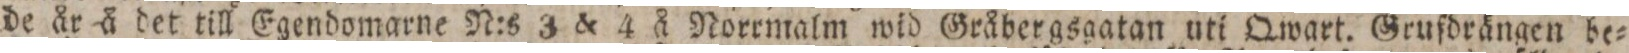
de år ä det till Egendomarne N:s 3 & 4 å Noremalm wid Gråbergsgatan uti Qwart. Gruſdrängen be=